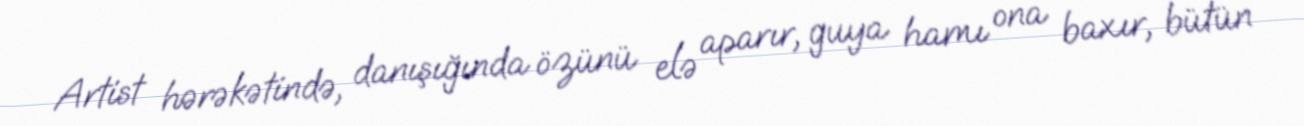
Artist hərəkətində, danışığında özünü elə aparır, guya hamı ona baxır, bütün